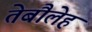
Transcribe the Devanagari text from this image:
तेबौलेह